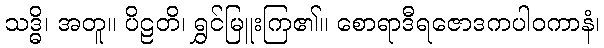
သဒ္ဓိ၊ အတူ။ ပိဠတိ၊ ရွှင်မြူးကြ၏။ စောရာဒီရဇောဒကပါဝကာနံ၊